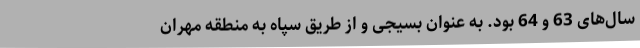
سال‌های 63 و 64 بود. به عنوان بسیجی و از طریق سپاه به منطقه مهران